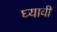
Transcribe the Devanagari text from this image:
घ्‍यावी